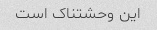
این وحشتناک است